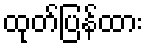
ထုတ်ပြန်ထား